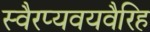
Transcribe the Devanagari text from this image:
स्वैरप्यवयवैरिह